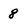
Character: 8